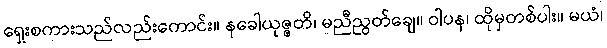
ရှေးစကားသည်လည်းကောင်း။ နခေါယုဇ္ဇတိ၊ မညီညွတ်ချေ။ ဝါပန၊ ထိုမှတစ်ပါး။ မယံ၊